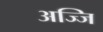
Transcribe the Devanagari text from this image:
अज्जि